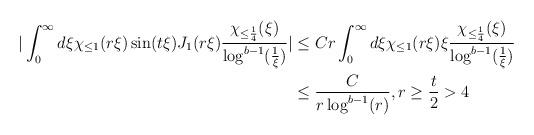
LaTeX: \begin{align*}|\int_{0}^{\infty} d\xi \chi_{\leq 1}(r \xi) \sin(t\xi) J_{1}(r \xi) \frac{\chi_{\leq \frac{1}{4}}(\xi)}{\log^{b-1}(\frac{1}{\xi})}|& \leq C r \int_{0}^{\infty} d\xi \chi_{\leq 1}(r \xi) \xi \frac{\chi_{\leq \frac{1}{4}}(\xi)}{\log^{b-1}(\frac{1}{\xi})}\\&\leq \frac{C}{r \log^{b-1}(r)}, r \geq \frac{t}{2} > 4\end{align*}